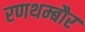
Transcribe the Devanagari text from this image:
रणथम्बौर